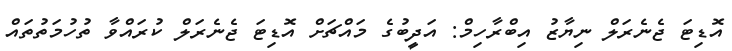
އޮޑިޓަ ޖެނެރަލް ނިޔާޒު އިބްރާހިމް: އަދީބުގެ މައްޗަށް އޮޑިޓަ ޖެނެރަލް ކުރައްވާ ތުހުމަތުތައް